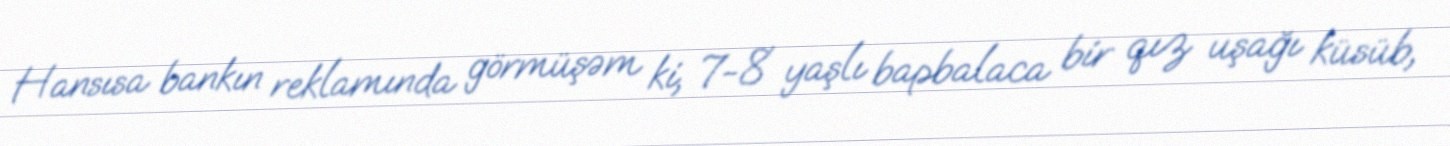
Hansısa bankın reklamında görmüşəm ki, 7-8 yaşlı bapbalaca bir qız uşağı küsüb,